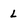
Character: L